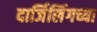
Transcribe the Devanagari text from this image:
दार्जिलिंगच्या